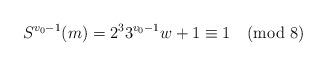
LaTeX: \begin{align*}S^{v_0-1}(m) = 2^3 3^{v_0-1} w +1 \equiv 1 \pmod{8}\end{align*}